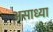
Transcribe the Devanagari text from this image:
असाध्या